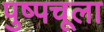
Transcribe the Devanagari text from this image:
पुष्पचूला